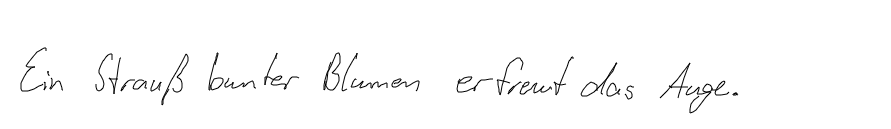
Ein Strauß bunter Blumen erfreut das Auge.